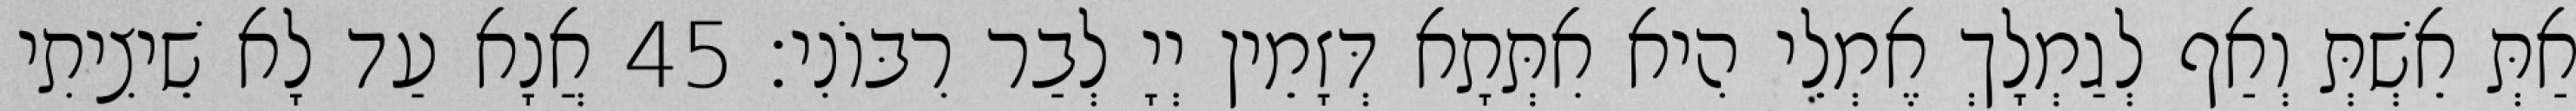
אַתְּ אֵשְׁתְּ וְאַף לְגַמְלָךְ אֶמְלֵי הִיא אִתְּתָא דְּזָמֵין יְיָ לְבַר רִבּוֹנִי׃ 45 אֲנָא עַד לָא שֵׁיצִיתִי